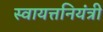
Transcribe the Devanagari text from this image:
स्वायत्तनियंत्री